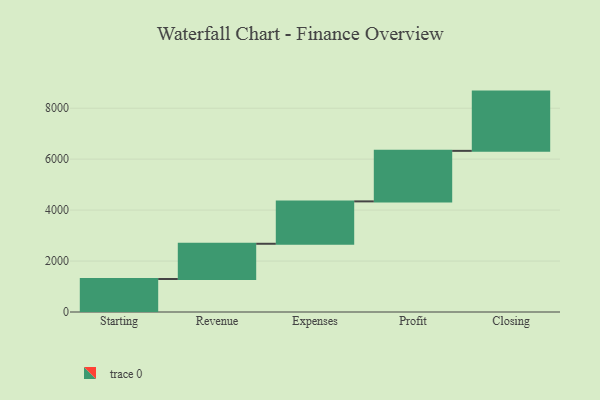
{"axis": {"x": "Step", "y": "Value"}, "legend": [""], "data": [{"x": "Starting", "y": 1295.0, "type": ""}, {"x": "Revenue", "y": 1383.0, "type": ""}, {"x": "Expenses", "y": 1664.0, "type": ""}, {"x": "Profit", "y": 1983.0, "type": ""}, {"x": "Closing", "y": 2326.0, "type": ""}]}